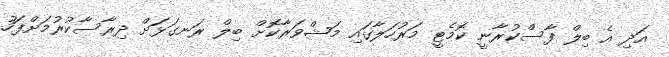
އަދި އެ ބިލް ފާސްކުރާނީ ކޮމެޓީ މަރުހަލާގައި މަޝްވަރާކޮށް ބިލް ރަނގަޅަށް ދިރާސާކުރުމަށްފަހު